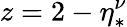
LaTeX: z=2-\eta_{*}^{\nu}